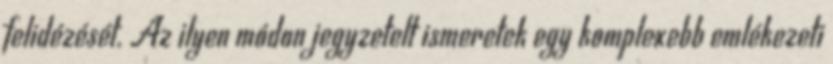
felidézését. Az ilyen módon jegyzetelt ismeretek egy komplexebb emlékezeti